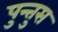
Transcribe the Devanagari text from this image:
पुन्तुस